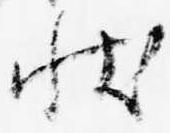
状